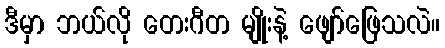
ဒီမှာ ဘယ်လို တေးဂီတ မျိုးနဲ့ ဖျော်ဖြေသလဲ။